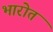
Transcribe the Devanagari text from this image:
भारोत